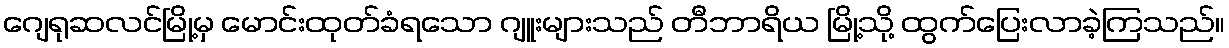
ဂျေရုဆလင်မြို့မှ မောင်းထုတ်ခံရသော ဂျူးများသည် တီဘာရိယ မြို့သို့ ထွက်ပြေးလာခဲ့ကြသည်။